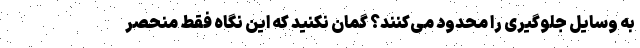
به وسایل جلوگیری را محدود می‌کنند؟ گمان نکنید که این نگاه فقط منحصر